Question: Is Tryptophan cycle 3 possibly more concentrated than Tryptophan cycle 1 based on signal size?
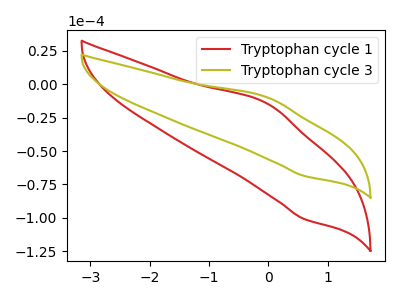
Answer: <think>The red curve "Tryptophan cycle 1" has an anodic peak at (-0.05V, -14.40uA) and a cathodic peak at (0.60V, -100.80uA). The olive curve "Tryptophan cycle 3" has an anodic peak at (-0.05V, -9.80uA) and a cathodic peak at (0.60V, -68.60uA).
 All the peaks in "Tryptophan cycle 3" have a peak in "Tryptophan cycle 1" at the same potential.</think>
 <answer>I cant tell if "Tryptophan cycle 3" or "Tryptophan cycle 1" has more signal.</answer>
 <eval>mixed_signal</eval>